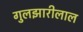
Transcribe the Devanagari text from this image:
गुलझारीलाल